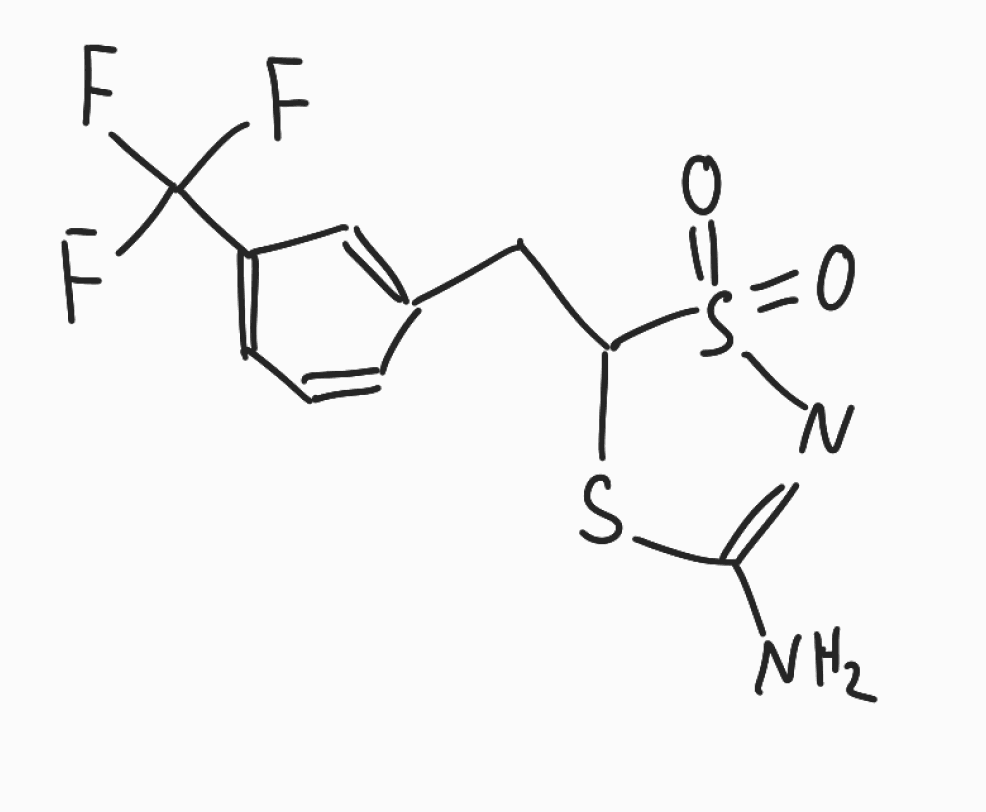
Simplified molecular-input line-entry system (SMILES) notation of the given molecule:
C1=CC(=CC(=C1)C(F)(F)F)CC2SC(=NS2(=O)=O)N